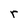
Character: r